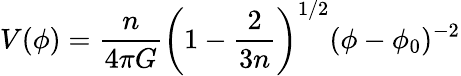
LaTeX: V(\phi)={\frac{n}{4\pi G}}\left(1-{\frac{2}{3n}}\right)^{1/2}(\phi-\phi_{0})^{-2}